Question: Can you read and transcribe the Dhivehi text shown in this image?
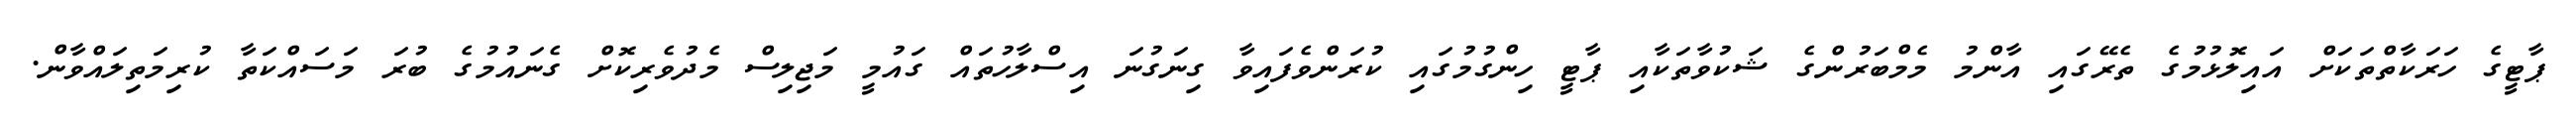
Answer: ޕާޓީގެ ހަރަކާތްތަކަށް އައިލޮޅުމުގެ ތެރޭގައި އާންމު މެމްބަރުންގެ ޝަކުވާތަކާއި ޕާޓީ ހިންގުމުގައި ކުރަންވެފައިވާ ގިނަގުނަ އިސްލާހުތައް ގައުމީ މަޖިލިސް މެދުވެރިކޮށް ގެނައުމުގެ ބުރަ މަސައްކަތާ ކުރިމަތިލައްވާން.